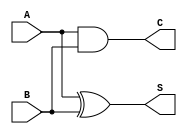
module current_mode_half_adder (
    input wire A,  // Input A
    input wire B,  // Input B
    output wire S, // Sum output
    output wire C  // Carry output
);

// Sum output: S = A XOR B
assign S = A ^ B;

// Carry output: C = A AND B
assign C = A & B;

endmodule